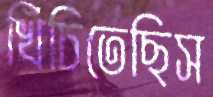
খিঁচিতেছিস